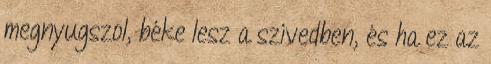
megnyugszol, béke lesz a szívedben, és ha ez az